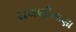
ચલણીનાણા